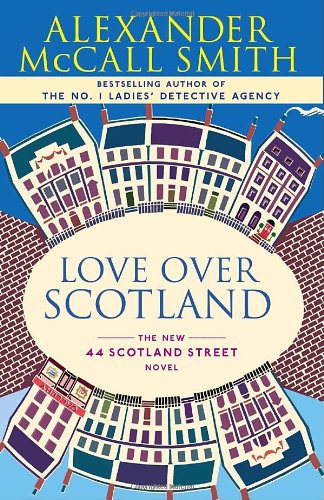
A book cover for Love Over Scotland (44 Scotland Street Series); Alexander McCall Smith; Literature & Fiction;